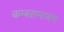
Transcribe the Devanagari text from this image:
कम्बरामायण